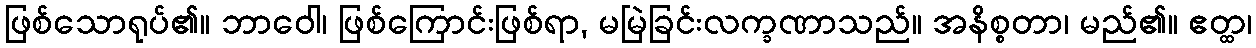
ဖြစ်သောရုပ်၏။ ဘာဝေါ၊ ဖြစ်ကြောင်းဖြစ်ရာ, မမြဲခြင်းလက္ခဏာသည်။ အနိစ္စတာ၊ မည်၏။ ဧတ္ထ၊